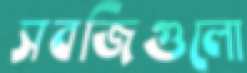
সবজিগুলো